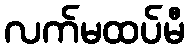
လက်မထပ်မီ